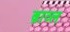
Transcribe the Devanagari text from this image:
ब्राव्ल